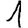
Digit: 1